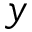
y